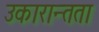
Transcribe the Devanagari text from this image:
उकारान्तता